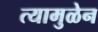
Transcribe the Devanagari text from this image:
त्यामुळेन